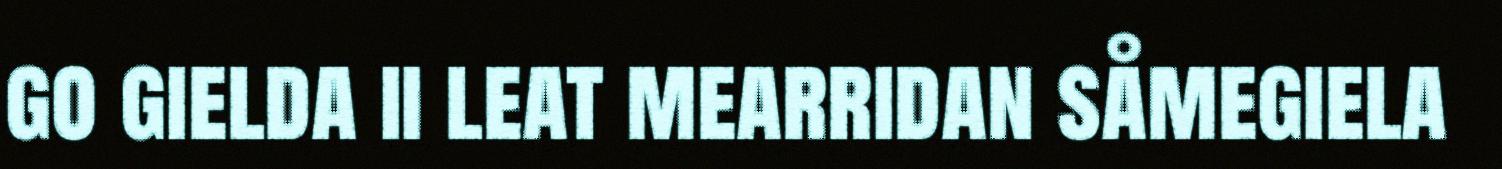
go gielda ii leat mearridan såmegiela